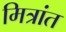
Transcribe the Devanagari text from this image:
मित्रांत